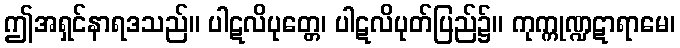
ဤအရှင်နာရဒသည်။ ပါဋလိပုတ္တေ၊ ပါဋလိပုတ်ပြည်၌။ ကုက္ကုဏ္ဍဋာရာမေ၊